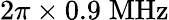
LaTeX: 2\pi\times 0.9\; \mathrm{MHz}